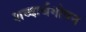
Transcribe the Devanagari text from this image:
शब्दार्थगोपन